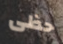
حظى